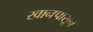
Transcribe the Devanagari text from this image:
खानपासून